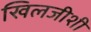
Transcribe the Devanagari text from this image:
खिलजीशी